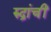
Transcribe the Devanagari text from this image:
रुद्रांचीं